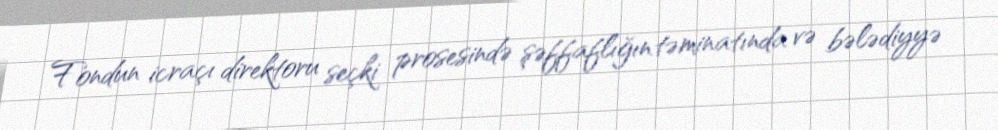
Fondun icraçı direktoru seçki prosesində şəffaflığın təminatında və bələdiyyə